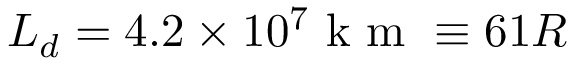
L _ { d } = 4 . 2 \times 1 0 ^ { 7 } \mathrm { ~ k ~ m ~ } \equiv 6 1 R _ { \sun }